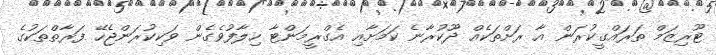
ޓޫރިޒަމް ތަރައްގީކުރަން އާ ރަށްތަކެއް ދޫކުރާނެ ކަމަށާއި އެގްރީމަންޓާ ހިލާފުވެގެން ވަކިކުރަންޖެހޭ ފަރާތްތަކުގެ